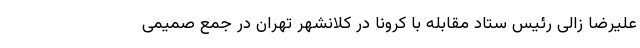
علیرضا زالی رئیس ستاد مقابله با کرونا در کلانشهر تهران در جمع صمیمی